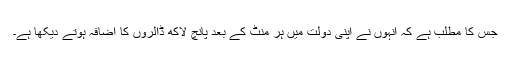
جس کا مطلب ہے کہ انہوں نے اپنی دولت میں ہر منٹ کے بعد پانچ لاکھ ڈالروں کا اضافہ ہوتے دیکھا ہے۔